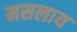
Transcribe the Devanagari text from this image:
मसलाय